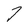
Character: 7